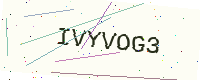
Text: IVYVOG3